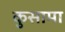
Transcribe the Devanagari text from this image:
कुसामा